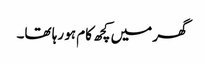
گھر میں کچھ کام ہو رہا تھا۔